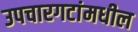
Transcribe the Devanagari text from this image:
उपचारगटांमधील